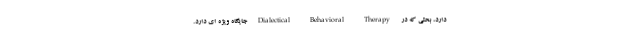
دارد، بحثی که در Dialectical Behavioral Therapy جایگاه ویژه ای دارد.